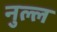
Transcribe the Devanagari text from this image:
नुल्ल